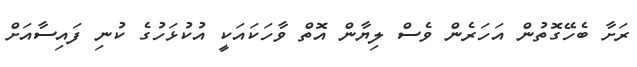
ރަށާ ބެހޭގޮތުން އަހަރެން ވެސް ލިޔާން އޮތް ވާހަކައަކީ އުކުޅަހުގެ ކުނި ފައިސާއަށް